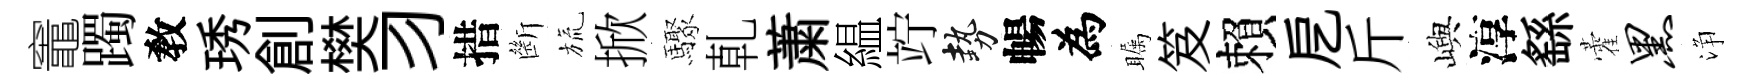
竈躅敎琇創樊习措㫁旒掀驟乹䔥緼竚勢暢為瞩笈賴戹斤嶼淳繇藿黑浄